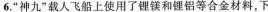
6.”神九”载人飞船上使用了锂镁和锂铝等合金材料，下